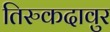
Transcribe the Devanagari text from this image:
तिरुकदावुर